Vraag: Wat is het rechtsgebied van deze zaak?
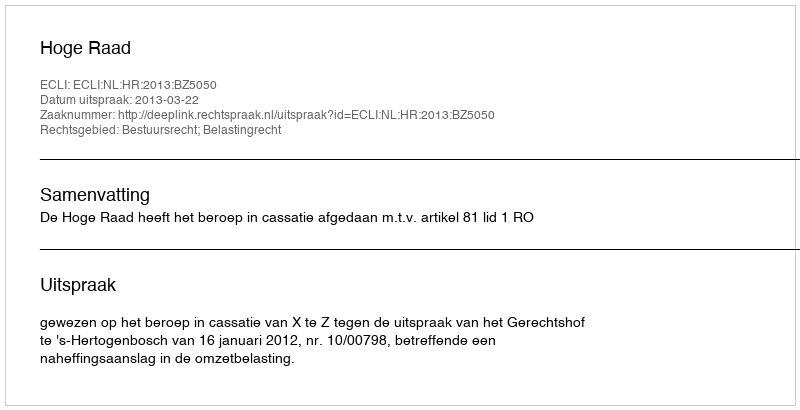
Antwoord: Bestuursrecht; Belastingrecht